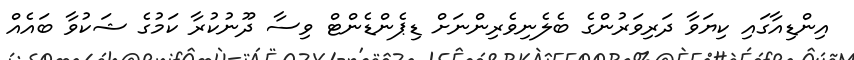
އިންޑިއާގައި ކިޔަވާ ދަރިވަރުންގެ ބެލެނިވެރިންނަށް ޑިޕެންޑެންޓް ވިސާ ދޫނުކުރާ ކަމުގެ ޝަކުވާ ބައެއް